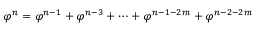
\! \ \varphi ^ { n } = \varphi ^ { n - 1 } + \varphi ^ { n - 3 } + \cdots + \varphi ^ { n - 1 - 2 m } + \varphi ^ { n - 2 - 2 m }